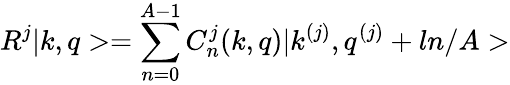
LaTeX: R^{j}|k,q>=\sum_{n=0}^{A-1}C_{n}^{j}(k,q)|k^{(j)},q^{(j)}+ln/A>